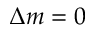
\Delta m = 0